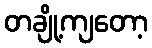
တချို့ကျတော့